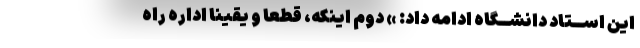
این اســتاد دانشــگاه ادامه داد: » دوم اینکه، قطعا و یقینا اداره راه